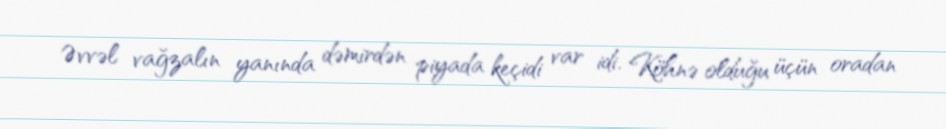
Əvvəl vağzalın yanında dəmirdən piyada keçidi var idi. Köhnə olduğu üçün oradan